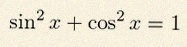
\sin^2x+\cos^2x=1